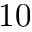
1 0